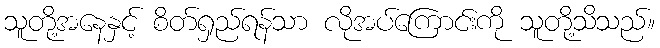
သူတို့အနေနှင့် စိတ်ရှည်ရန်သာ လိုအပ်ကြောင်းကို သူတို့သိသည်။